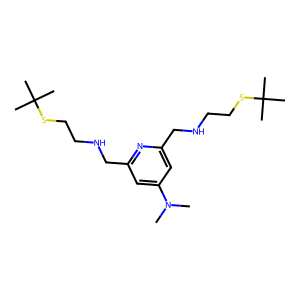
SMILES: CN(C)c1cc(CNCCSC(C)(C)C)nc(CNCCSC(C)(C)C)c1
Inhibits HIV replication: No